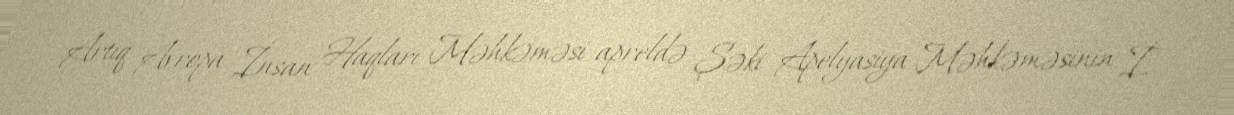
Artıq Avropa İnsan Haqları Məhkəməsi apreldə Şəki Apelyasiya Məhkəməsinin İ.